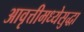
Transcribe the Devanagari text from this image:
आवृत्तीमध्येसुद्धा